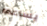
يساعده